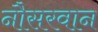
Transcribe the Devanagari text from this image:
नौसरवान